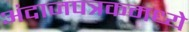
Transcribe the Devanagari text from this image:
अंदाजपत्रकमध्ये